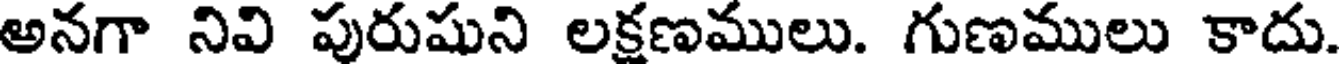
అనగా నివి పురుషుని లక్షణములు. గుణములు కాదు.